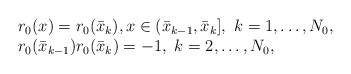
\begin{align*}\begin{array}{l}r_0(x)=r_0(\bar x_k),x\in(\bar x_{k-1},\bar x_k],\ k=1,\ldots,N_0,\\r_0(\bar x_{k-1})r_0(\bar x_k)=-1,\ k=2,\ldots,N_0,\end{array}\end{align*}